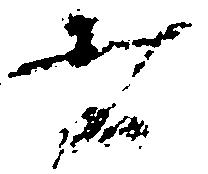
者